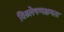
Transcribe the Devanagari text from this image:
विश्र्लेषणक्षमता